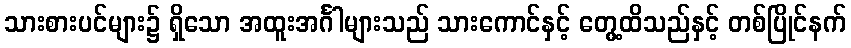
သားစားပင်များ၌ ရှိသော အထူးအင်္ဂါများသည် သားကောင်နှင့် တွေ့ထိသည်နှင့် တစ်ပြိုင်နက်